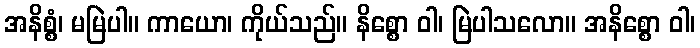
အနိစ္စံ၊ မမြဲပါ။ ကာယော၊ ကိုယ်သည်။ နိစ္စော ဝါ၊ မြဲပါသလော။ အနိစ္စော ဝါ၊